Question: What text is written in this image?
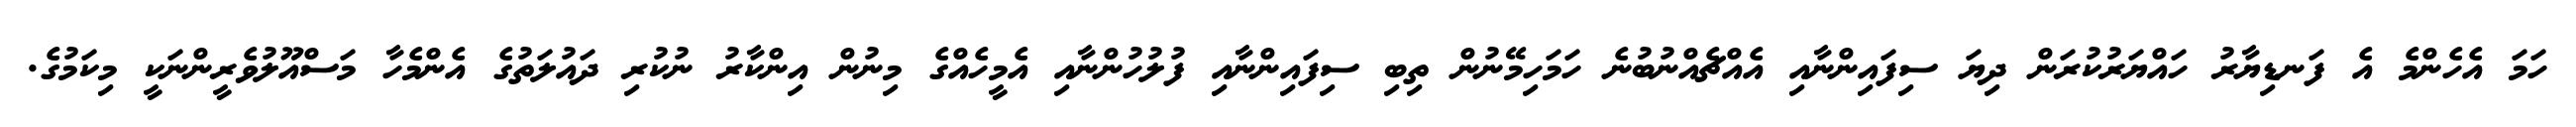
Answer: ހަމަ އެހެންމެ އެ ފަނޑިޔާރު ހައްޔަރުކުރަން ދިޔަ ސިފައިންނާއި އެއްޗެއްނުބުނެ ހަމަހިމޭނުން ތިބި ސިފައިންނާއި ފުލުހުންނާއި އެމީހެއްގެ މިނުން އިންކާރު ނުކުރި ދައުލަތުގެ އެންމެހާ މަސްއޫލުވެރީންނަކީ މިކަމުގެ.